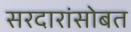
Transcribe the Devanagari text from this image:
सरदारांसोबत